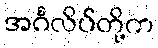
အင်္ဂလိပ်တို့က